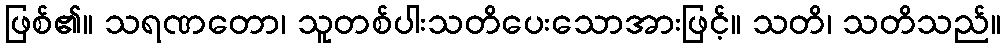
ဖြစ်၏။ သရဏတော၊ သူတစ်ပါးသတိပေးသောအားဖြင့်။ သတိ၊ သတိသည်။